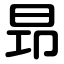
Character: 昻